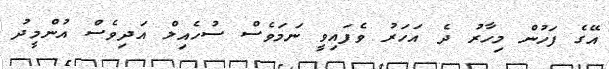
އޭގެ ފަހުން މިހާރު ދެ އަހަރު ވެފައިވީ ނަމަވެސް ސުހެއިލް އަދިވެސް އުންމީދު